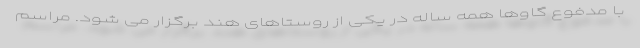
با مدفوع گاوها همه ساله در یکی از روستاهای هند برگزار می شود. مراسم